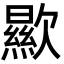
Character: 歞